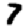
Digit: 7